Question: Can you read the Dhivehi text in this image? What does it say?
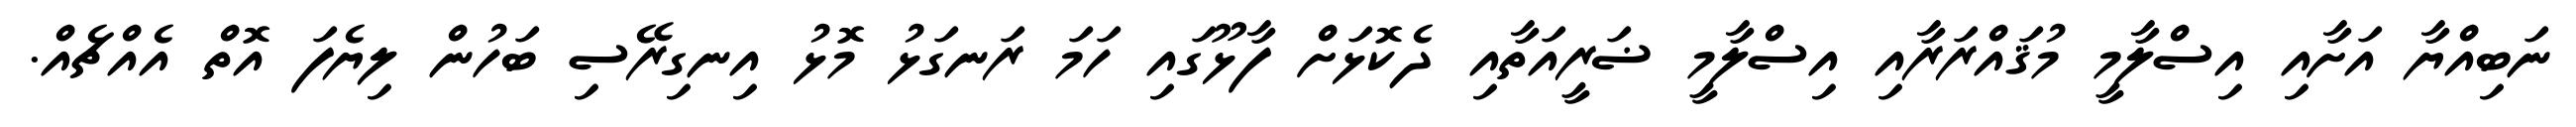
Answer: ނަބިއްޔާ އަށާއި އިސްލާމީ މުޤައްރަރާއި އިސްލާމީ ޟަރީއަތާއި ދެކޮޅަށް ފާޅޫގައި ހަމަ ރަނގަޅު މޮޅު އިނގިރޭސި ބަހުން ލިޔެފަ އޮތް އެއްޗެއް.